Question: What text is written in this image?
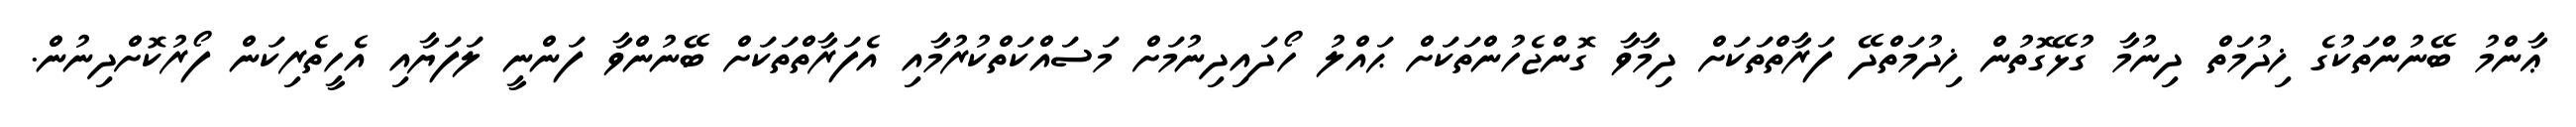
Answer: ޢާންމު ބޭނުންތަކުގެ ޚިދުމަތް ދިނުމާ ގުޅޭގޮތުން ޚިދުމަތްދޭ ފަރާތްތަކަށް ދިމާވާ ގޮންޖެހުންތަކަށް ޙައްލު ހޯދައިދިނުމަށް މަސައްކަތްކުރުމާއި އެފަރާތްތަކަށް ބޭނުންވާ ފަންނީ ލަފަޔާއި އެހީތެރިކަން ފޯރުކޮށްދިނުން.